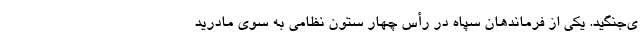
ی‌جنگید. یکی از فرماندهان سپاه در رأس چهار ستون نظامی به سوی مادرید